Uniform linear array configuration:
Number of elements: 32
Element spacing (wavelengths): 0.5
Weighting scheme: exponential
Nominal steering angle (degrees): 15
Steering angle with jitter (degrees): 16.97
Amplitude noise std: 0.05
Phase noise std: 0.05

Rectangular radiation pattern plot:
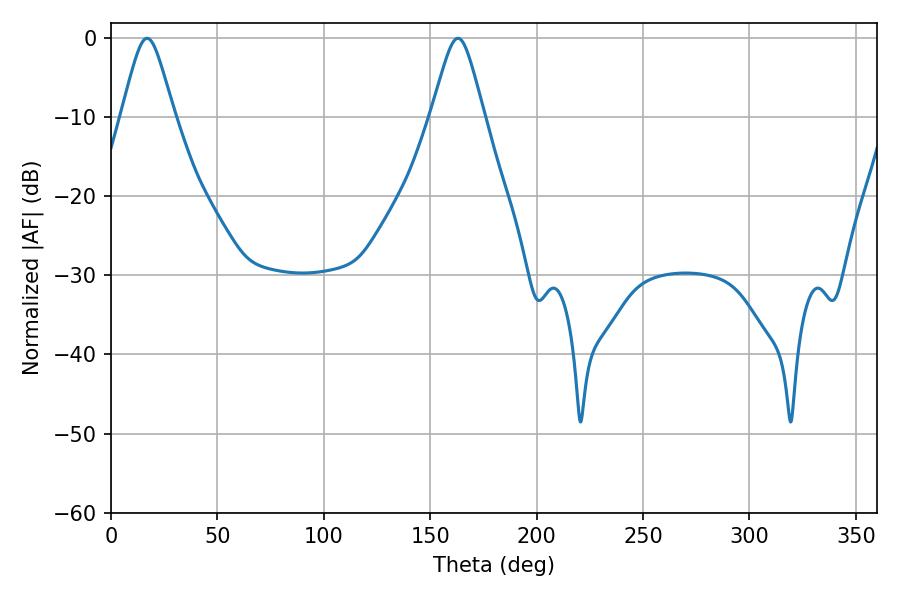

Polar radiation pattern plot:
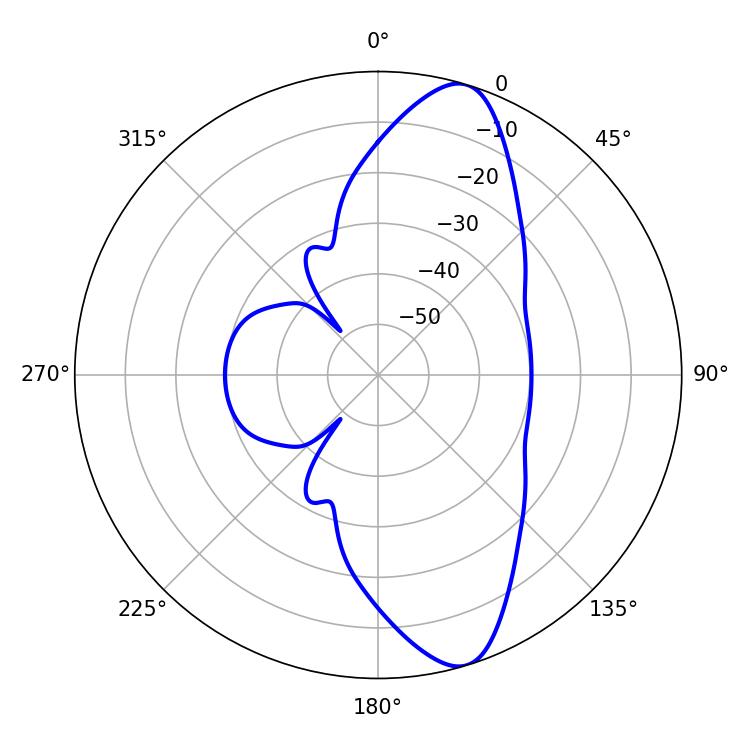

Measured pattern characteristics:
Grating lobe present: FALSE
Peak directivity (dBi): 11.238
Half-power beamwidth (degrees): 12.06
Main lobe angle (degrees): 16.92